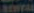
BENFAL